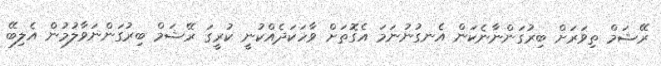
ރޭޝަމް ތިވަރަށް ބިރުގަންނާނެކަން އެނގުނުނަމަ އެގޮތަށް ވާހަކަދެއްކުނީ ކުރީގަ ރޭޝަމް ބިރުގަންނަވާލުމުން އެލިބޭ